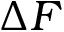
\Delta F